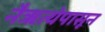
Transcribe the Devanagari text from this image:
नैऋत्येपासून